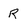
Character: R